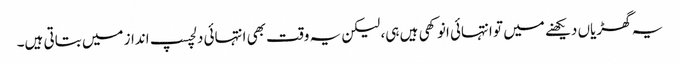
یہ گھڑیاں دیکھنے میں تو انتہائی انوکھی ہیں ہی، لیکن یہ وقت بھی انتہائی دلچسپ انداز میں بتاتی ہیں۔